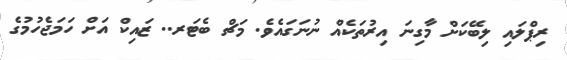
ރިޕްލައި ލިބޭކަށް މާގިނަ އިރުތަކެއް ނުނަގައެވެ. މަޗް ބެޓަރ.. ޒައިކް އަށް ހަމަޖެހުމުގެ